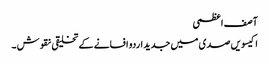
آصف اعظمی
اکیسویں صدی میں جدید اردو افسانے کے تخلیقی نقوش ۔